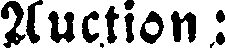
Auction: